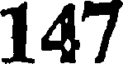
147